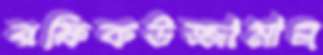
রফিকউজ্জামান